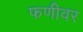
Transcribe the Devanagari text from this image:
फणीवर